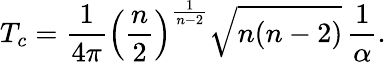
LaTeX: T_{c}=\frac{1}{4\pi}\left(\frac{n}{2}\right)^{\frac{1}{n-2}}\sqrt{n(n-2)}\, \frac{1}{\alpha}.